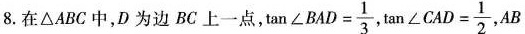
8.在△ABC中，D为边BC上一点，$$\tan ∠ B C D = \frac { 1 } { 3 }$$ ，$$\tan ∠ C A D = \frac { 1 } { 2 }$$ ,AB